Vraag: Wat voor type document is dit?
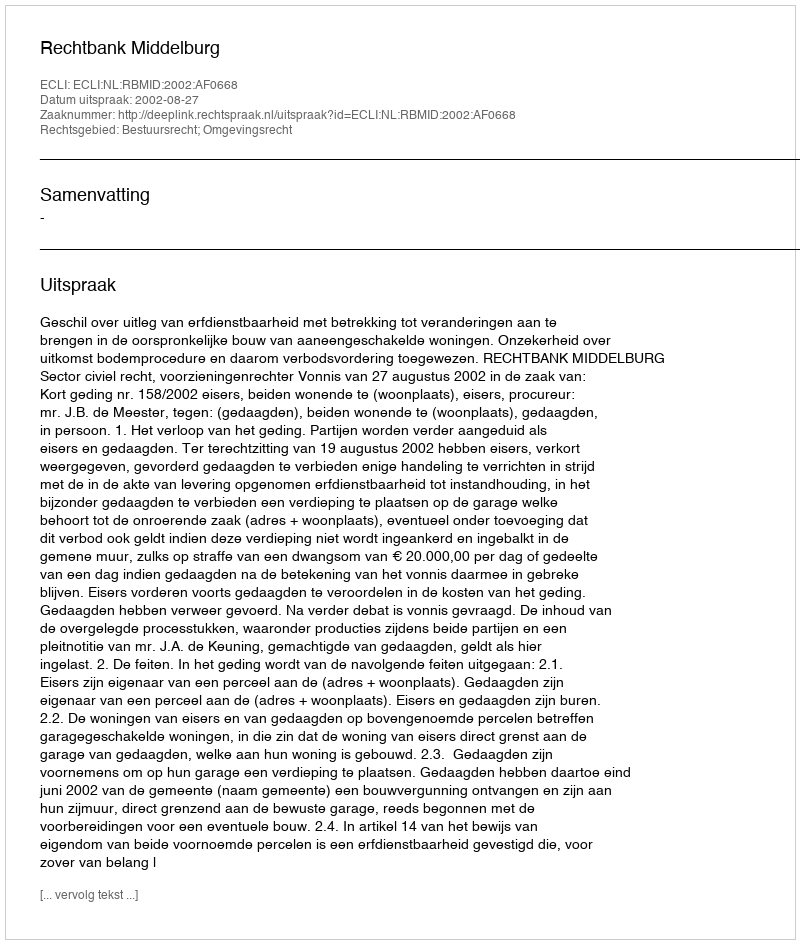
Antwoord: Uitspraak